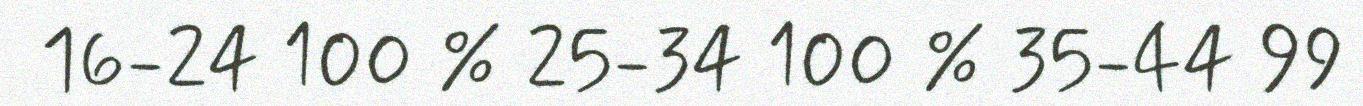
16-24 100 % 25-34 100 % 35-44 99